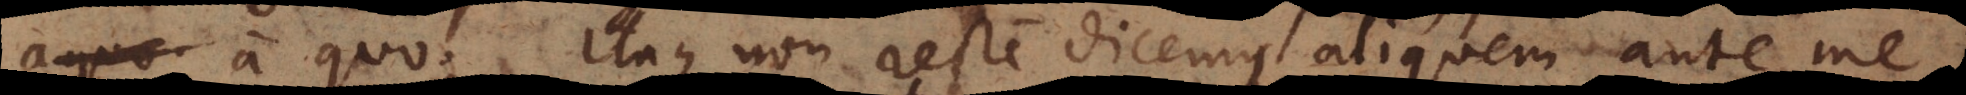
a quo, itaque non recte dicemus aliquem ante me